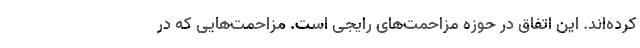
کرده‌اند. این اتفاق در حوزه مزاحمت‌های رایجی است. مزاحمت‌هایی که در